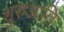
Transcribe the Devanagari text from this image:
शुरुआति